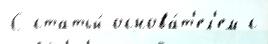
С статьи́ основа́т'ел'ем с